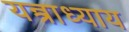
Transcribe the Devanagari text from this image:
यन्त्राध्याय